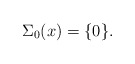
\begin{align*} \Sigma_0(x) = \{0\}.\end{align*}